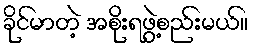
ခိုင်မာတဲ့ အစိုးရဖွဲ့စည်းမယ်။